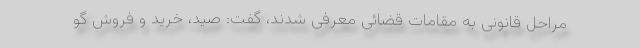
مراحل قانونی به مقامات قضائی معرفی شدند، گفت: صید، خرید و فروش گو